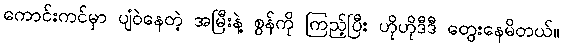
ကောင်းကင်မှာ ပျံဝဲနေတဲ့ အမြီးနဲ့ စွန်ကို ကြည့်ပြီး ဟိုဟိုဒီဒီ တွေးနေမိတယ်။